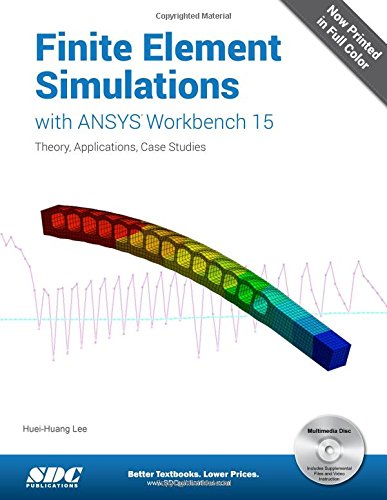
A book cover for Finite Element Simulations with ANSYS Workbench 15; Huei-Huang Lee; Engineering & Transportation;